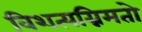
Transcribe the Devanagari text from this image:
विशत्यग्निमतो